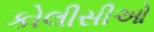
કોલીસીઓ